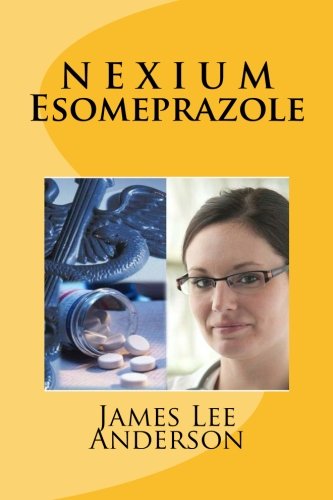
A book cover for N E X I U M (Esomeprazole): Treats Heartburn, Gastroesophageal Reflux Disease (GERD), Stomach Ulcers, and Damaged Esophagus; James Lee Anderson; Health, Fitness & Dieting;